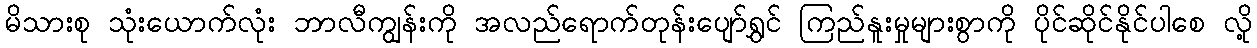
မိသားစု သုံးယောက်လုံး ဘာလီကျွန်းကို အလည်ရောက်တုန်းပျော်ရွှင် ကြည်နူးမှုများစွာကို ပိုင်ဆိုင်နိုင်ပါစေ လို့